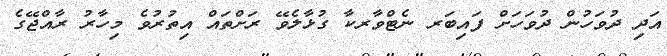
އަދި ދުވަހުން ދުވަހަށް ފައިބަރ ނެޓްވާރކާ ގުޅާލެވޭ ރަށްތައް އިތުރުވެ މިހާރު ރާއްޖޭގެ